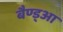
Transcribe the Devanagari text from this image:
बैण्ड्आ